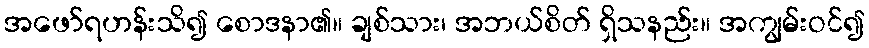
အဖော်ရဟန်းသိ၍ စောဒနာ၏။ ချစ်သား၊ အဘယ်စိတ် ရှိသနည်း။ အကျွမ်းဝင်၍